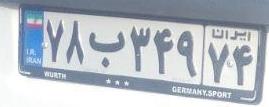
۷۸ب۳۴۹۷۴